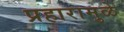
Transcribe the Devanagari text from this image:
प्रहारामुळे